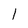
Character: 1